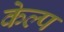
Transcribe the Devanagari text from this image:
केल्प